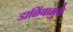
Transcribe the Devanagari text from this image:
डाळिंबामुळे